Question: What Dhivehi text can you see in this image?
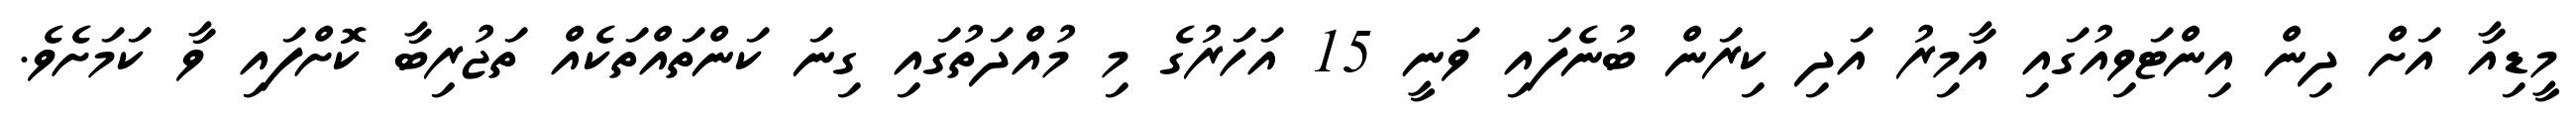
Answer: މީޑިއާ އަށް ދިން އިންޓަވިއުގައި އާމިރު އަދި ކިރަން ބުނެފައި ވަނީ 15 އަހަރުގެ މި މުއްދަތުގައި ގިނަ ކަންތައްތަކެއް ތަޖުރިބާ ކޮށްފައި ވާ ކަމަށެވެ.